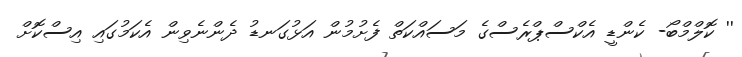
'' ކޮލްމްބޯ- ކެންޑީ އެކްސްޕްރެސްގެ މަސައްކަތް ފެށުމުން އަޅުގަނޑު ދެންނެވިން އެކަމުގައި އިސްކޮށް